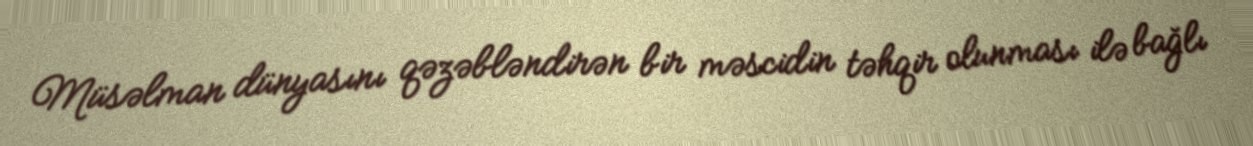
Müsəlman dünyasını qəzəbləndirən bir məscidin təhqir olunması ilə bağlı